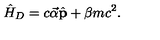
\hat { H } _ { D } = c \vec { \alpha } \hat { \bf p } + \beta m c ^ { 2 } .